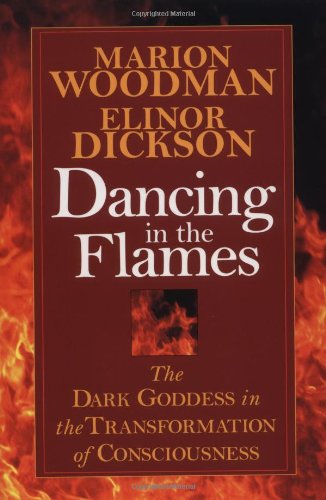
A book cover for Dancing in the Flames: The Dark Goddess in the Transformation of Consciousness; Marion Woodman; Religion & Spirituality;